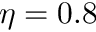
\eta = 0 . 8